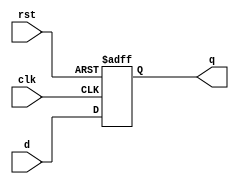
module reg8(
    input [7:0] d,
    input clk,
    input rst,
    output reg [7:0] q
);

always @(posedge clk , posedge rst) 
begin
    if(rst)
        q <= 8'b00000001;
    else
        q <= d;    
end

endmodule